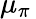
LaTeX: \mu_{\pi}\,